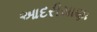
આદરીયાણા